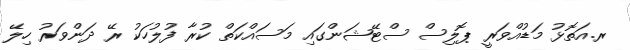
ރ.އަތޮޅު މަޑުއްވަރީ ޕޮލިސް ސްޓޭޝަންގައި މަސައްކަތް ކުރާ ފުލުހަކު ރޭ ދަންވަރު ހިލޭ